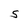
Character: S